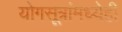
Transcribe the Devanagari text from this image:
योगसूत्रांमध्येही